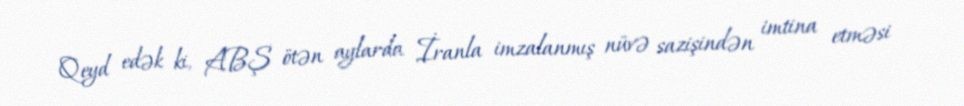
Qeyd edək ki, ABŞ ötən aylarda İranla imzalanmış nüvə sazişindən imtina etməsi